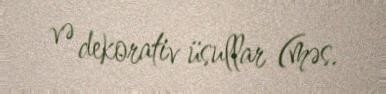
və dekorativ üsullar (məs.